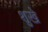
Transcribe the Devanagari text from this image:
शुखे